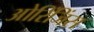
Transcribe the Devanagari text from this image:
ओरिंजिंस